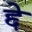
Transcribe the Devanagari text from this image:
द्दे